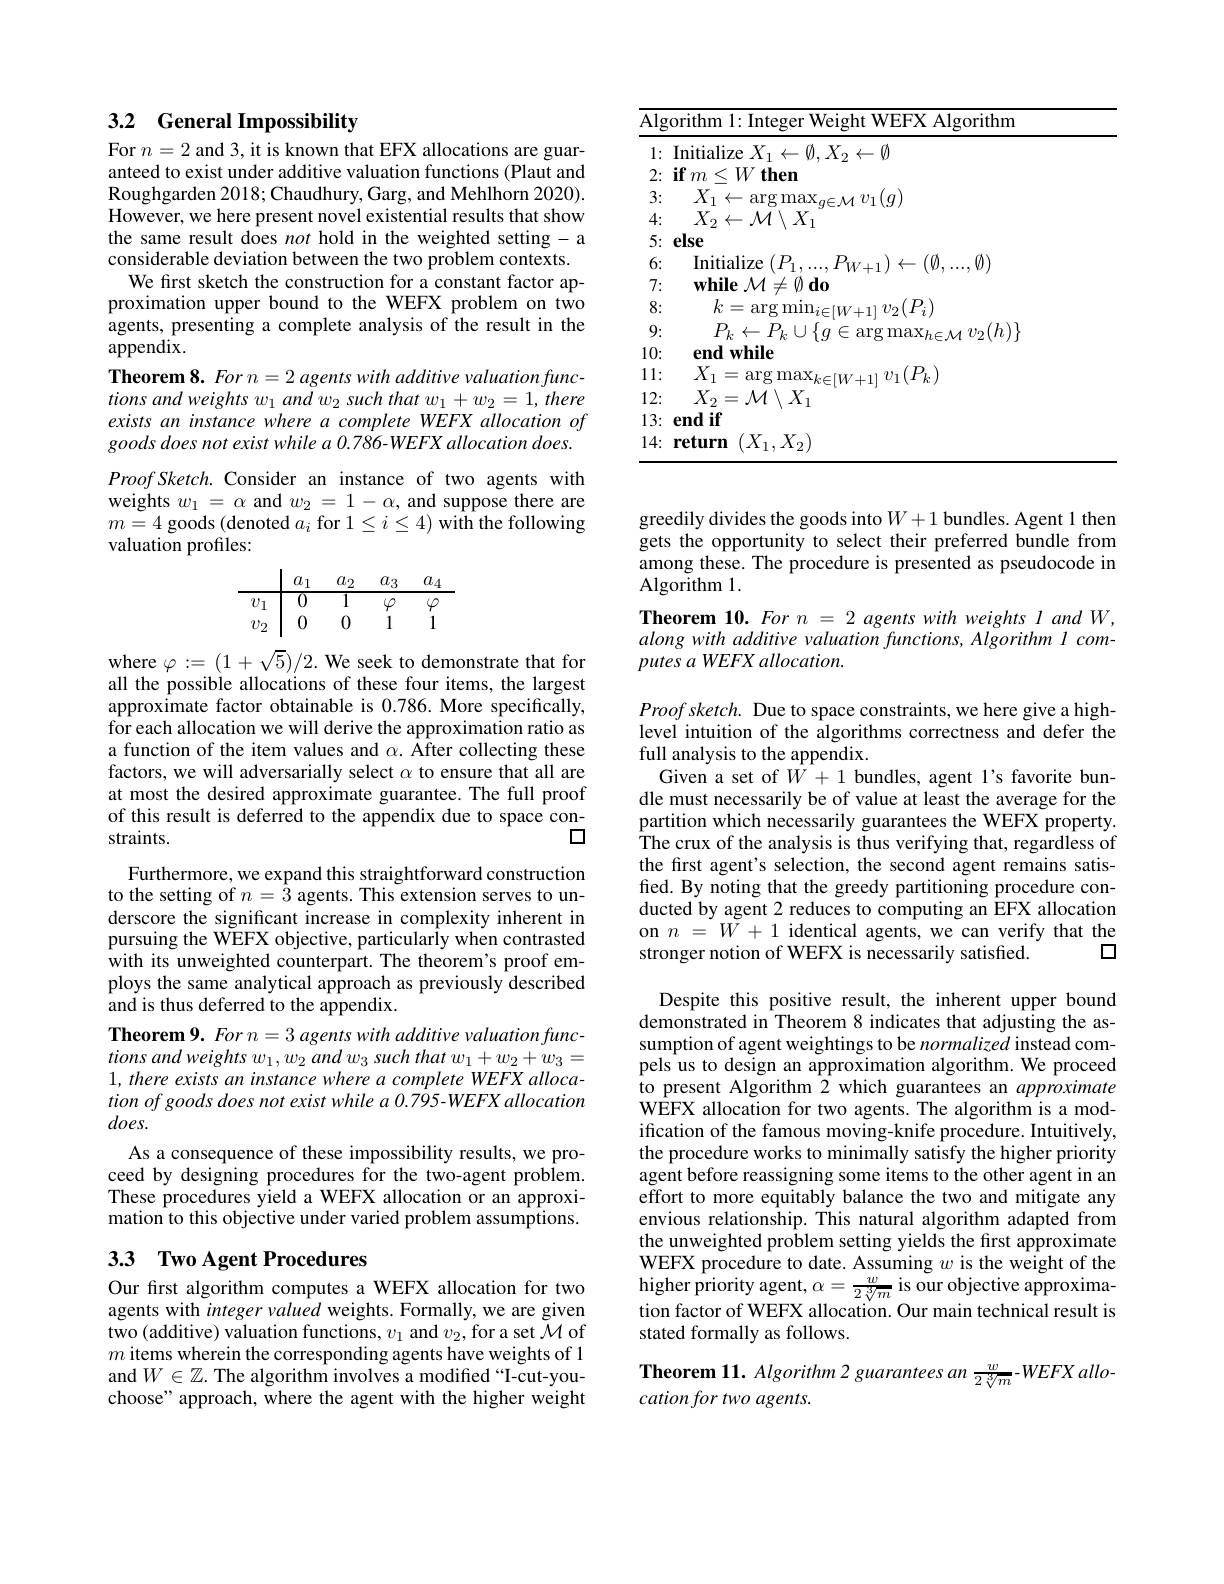
## 3.2 General Impossibility For $n=2$ and 3, it is known that EFX allocations are guar-

anteed to exist under additive valuation functions (Plaut and Roughgarden 2018; Chaudhury, Garg, and Mehlhorn 2020). However, we here present novel existential results that show the same result does not hold in the weighted setting- a considerable deviation between the two problem contexts.
We first sketch the construction for a constant factor approximation upper bound to the WEFX problem on two agents, presenting a complete analysis of the result in the appendix.
Theorem 8. For n= 2 agents with additive valuation functions and weights w $w_1\textit{ and w}_2\textit{ such that w}_1+ w_2= 1, \textit{there}$ exists an instance where a complete WEFX allocation of goods does not exist while a 0.786-WEFX allocation does. Proof Sketch. Consider an instance of two agents with weights $w_1=\alpha$ and $w_2=1-\alpha$, and suppose there are $m=4$ goods (denoted $a_i$ for $1\leq i\leq4)$ with the following valuation profiles:
$$\begin{array}{c|cccc}&a_1&a_2&a_3&a_4\\\hline v_1&0&1&\varphi&\varphi\\v_2&0&0&1&1\end{array}$$
where $\varphi:=(1+\sqrt{5})/2.$ We seek to demonstrate that for all the possible allocations of these four items, the largest approximate factor obtainable is 0.786. More specifically, for each allocation we will derive the approximation ratio as a function of the item values and $\alpha.$ After collecting these factors, we will adversarially select $\alpha$ to ensure that all are at most the desired approximate guarantee. The full proof of this result is deferred to the appendix due to space con-
口
straints.

Furthermore, we expand this straightforward construction to the setting of $n=\bar{3}$ agents. This extension serves to underscore the significant increase in complexity inherent in pursuing the WEFX objective, particularly when contrasted with its unweighted counterpart. The theorem's proof employs the same analytical approach as previously described and is thus deferred to the appendix.
Theorem 9. For n=3 agents with additive valuation func- $tionsandweightsw_{1},w_{2}andw_{3}suchthatw_{1}+w_{2}+w_{3}=$ tion of goods does not exist while a 0.795-WEFX allocation $does.$
As a consequence of these impossibility results, we proceed by designing procedures for the two-agent problem. These procedures yield a WEFX allocation or an approximation to this objective under varied problem assumptions.

## 3.3 $\textbf{Two Agent Procedures}$

Our fırst algorithm computes a WEFX allocation for two agents with integer valued weights. Formally, we are given two (additive) valuation functions, $v_1$ and $v_2$, for a set $\mathcal{M}$ of $m$ items wherein the corresponding agents have weights of 1 and $W\in\mathbb{Z}.$ The algorithm involves a modified“I-cut-youchoose" approach, where the agent with the higher weight

<table>
	<tbody>
		<tr>
			<td>$\overline{A}$</td>
			<td>$\overline{{\overline{\mathrm{Alg}}}}$</td>
			<td>${\mathrm{orithm~1:~Integer~Weight~WEFX~Algorithm}}$</td>
		</tr>
		<tr>
			<td> </td>
			<td>1:</td>
			<td>$I$nitialize $X_1\leftarrow\emptyset,X_2\leftarrow\emptyset$</td>
		</tr>
		<tr>
			<td> </td>
			<td>2:</td>
			<td>$\mathbf{if}m<$ 1 $W\textbf{then}$</td>
		</tr>
		<tr>
			<td> </td>
			<td>3:</td>
			<td>$X_{1}<$ $v_{1}(g)$</td>
		</tr>
		<tr>
			<td>$\angle$</td>
			<td>4:</td>
			<td>$X_{2}\leftarrow\mathcal{M}\setminus X_{1}$</td>
		</tr>
		<tr>
			<td>E</td>
			<td>5:</td>
			<td>else</td>
		</tr>
		<tr>
			<td> </td>
			<td>6:</td>
			<td>Initialize $^{\prime}P$ 110 $\textcircled{0})$</td>
		</tr>
		<tr>
			<td>$F$</td>
			<td>7:</td>
			<td>$\mathbf{while}\mathcal{M}\neq\emptyset\mathbf{do}$</td>
		</tr>
		<tr>
			<td> </td>
			<td>8:</td>
			<td>$k$ $v_{2}(P_{i})$</td>
		</tr>
		<tr>
			<td>1</td>
			<td>9:</td>
			<td>$P_{k}$ $v_{2}(h)\}$ $P.$ 11 </td>
		</tr>
		<tr>
			<td>1 1</td>
			<td>10:</td>
			<td>$\textbf{end while}$</td>
		</tr>
		<tr>
			<td>1</td>
			<td>1: 1</td>
			<td>$X$ $v_{1}(P_{k})$</td>
		</tr>
		<tr>
			<td>1 1</td>
			<td>12:</td>
			<td>$X_{2}=\mathcal{M}\setminus X_{1}$</td>
		</tr>
		<tr>
			<td>1.</td>
			<td>13:</td>
			<td>end if</td>
		</tr>
		<tr>
			<td>1. $\angle$</td>
			<td>14:</td>
			<td>return $(X_{1},X_{2})$</td>
		</tr>
	</tbody>
</table>

greedily divides the goods into $W+1$ bundles. Agent 1 then gets the opportunity to select their preferred bundle from among these. The procedure is presented as pseudocode in Algorithm 1.
Theorem 10. For n = 2 agents with weights l and W, along with additive valuation functions, Algorithm l computes a WEFX allocation.

$Proofsketch.$ Due to space constraints, we here give a highlevel intuition of the algorithms correctness and defer the full analysis to the appendix.
Given a set of $W+1$ bundles, agent l's favorite bundle must necessarily be of value at least the average for the partition which necessarily guarantees the WEFX property. The crux of the analysis is thus verifying that, regardless of the frst agent's selection, the second agent remains satisfied. By noting that the greedy partitioning procedure conducted by agent 2 reduces to computing an EFX allocation on $n=W+1$ identical agents, we can verify that the
口
stronger notion of WEFX is necessarily satisfied.

Despite this positive result, the inherent upper bound demonstrated in Theorem 8 indicates that adjusting the assumption of agent weightings to be normalized instead compels us to design an approximation algorithm. We proceed to present Algorithm 2 which guarantees an approximate WEFX allocation for two agents. The algorithm is a mod- ification of the famous moving-knife procedure. Intuitively, the procedure works to minimally satisfy the higher priority agent before reassigning some items to the other agent in an effort to more equitably balance the two and mitigate any envious relationship. This natural algorithm adapted from the unweighted problem setting yields the first approximate WEFX procedure to date. Assuming $w$ is the weight of the ${\mathrm{higher~priority~agent,~}\alpha=\frac{w}{2\sqrt[3]{m}}}$ is our objective approximation factor of WEFX allocation. Our main technical result is stated formally as follows.

Theorem 11. Algorithm 2 guarantees an $\frac{w}{2\sqrt[3]{m}}-WEFX$ allo-
$cationfortwoagents.$